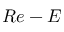
R e - E